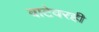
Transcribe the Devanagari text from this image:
वाटेवरही